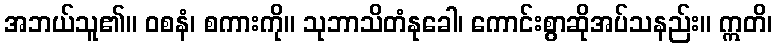
အဘယ်သူ၏။ ဝစနံ၊ စကားကို။ သုဘာသိတံနုခေါ၊ ကောင်းစွာဆိုအပ်သနည်း။ ဣတိ၊